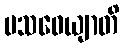
ပသဝေယျာတိ